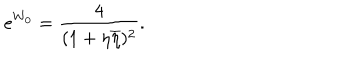
e ^ { W _ { 0 } } = { \frac { 4 } { ( 1 + \eta \overline { { { \eta } } } ) ^ { 2 } } } .